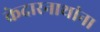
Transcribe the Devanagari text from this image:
केदारनाथांना